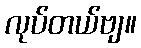
လုပ်တယ်ဗျ။